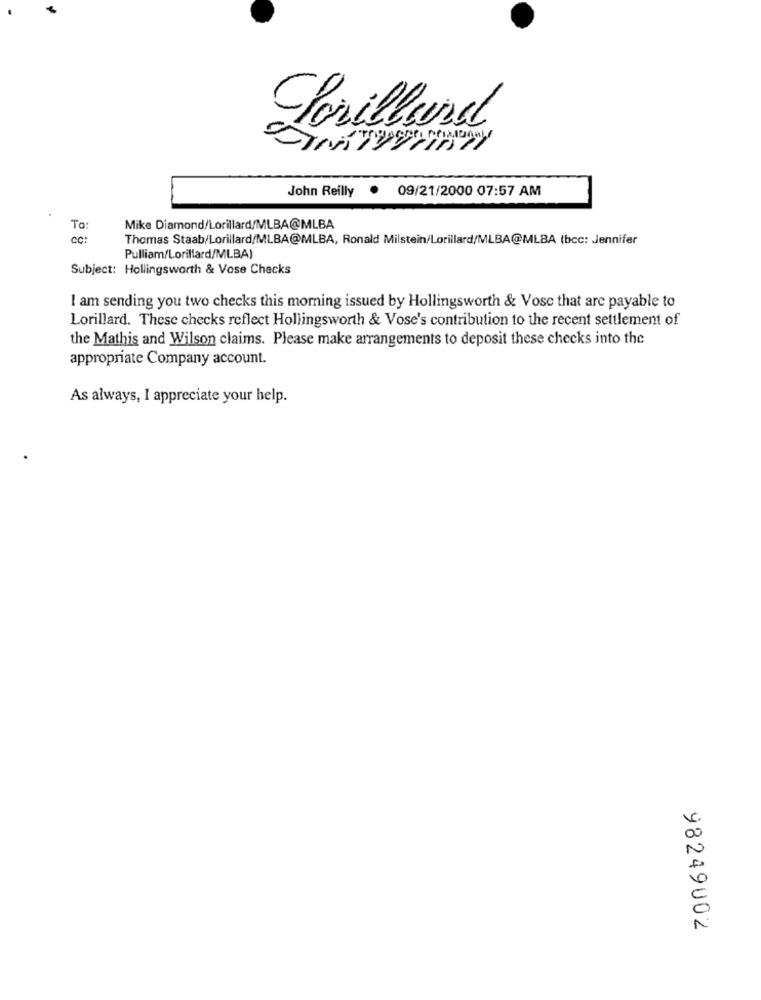
John Reilly
.
09/21/2000 07:57 AM
To:
Mike Diamond/Lorillard/MLBA@MLBA
cc:
Thomas Staab/Lorillard/MLBA@MLBA, Ronald Milstein/Lorillard/MLBA@MLBA (bcc: Jennifer
Pulliam/Lorillard/MLBA)
Subject: Hollingsworth & Vose Checks
I am sending you two checks this morning issued by Hollingsworth & Vose that are payable to
Lorillard. These checks reflect Hollingsworth & Vose's contribution to the recent settlement of
the Mathis and Wilson claims. Please make arrangements to deposit these checks into the
appropriate Company account.
As always, I appreciate your help.
98249002